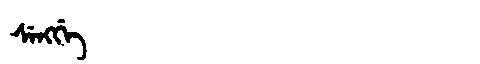
Manchu: ᠰᡝᠩᡤᡝ
Romanization: SENGGE